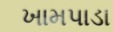
ખામપાડા